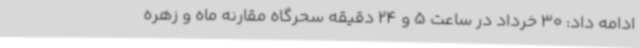
ادامه داد: 30 خرداد در ساعت 5 و 24 دقیقه سحرگاه مقارنه ماه و زهره